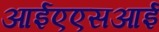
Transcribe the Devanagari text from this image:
आईएएसआई